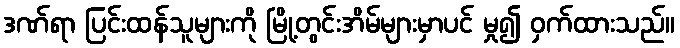
ဒဏ်ရာ ပြင်းထန်သူများကို မြို့တွင်းအိမ်များမှာပင် မှု၍ ဝှက်ထားသည်။